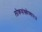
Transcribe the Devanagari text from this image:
लोकसंख्येच्या१४